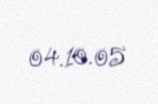
04.10.05